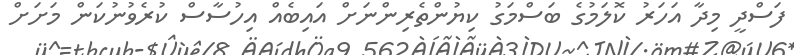
ފަސްދީ މިދާ އަހަރު ކޮލަމުގެ ބަސްމަގު ކިޔުންތެރިންނަށް އައިބެއް އިހުސާސް ކުރެވުނުކަން މަށަށް